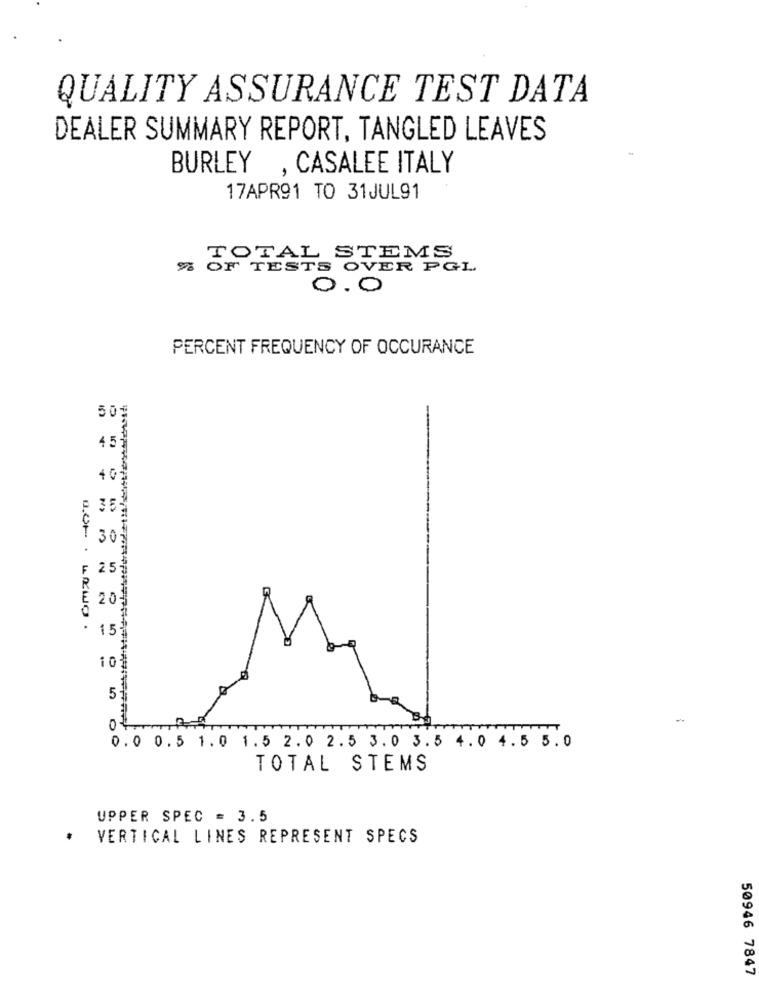
QUALITY ASSURANCE TEST DATA
DEALER SUMMARY REPORT, TANGLED LEAVES
BURLEY , CASALEE ITALY
17APR91 TO 31JUL91
TOTAL STEMS
% OF TESTS OVER PGL
0.0
PERCENT FREQUENCY OF OCCURANCE
50+
45
30
2 5
20
DOP . LOWO.
15
10
5
0
0.0 0.5 1.0 1.5 2.0 2.5 3. 0 3.5 4 . 0 4 .5 5.0
TOTAL STEMS
UPPER SPEC = 3.5
.
VERTICAL LINES REPRESENT SPECS
50946 7847